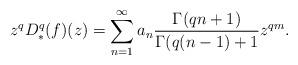
LaTeX: \begin{align*}z^q D_*^q(f)(z) =\sum_{n=1}^{\infty} a_n\frac{\Gamma(qn+1)}{\Gamma(q(n-1)+1}z^{qm}.\end{align*}